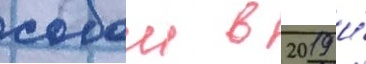
собои в 2019 и́